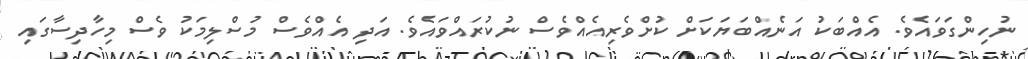
ނުހިންގަވައެވެ. އެއްބަކު އަނެއްބަޔަކަށް ކުށްވެރިއެއްވެސް ނުކުރައްވައެވެ. އަދި އެއްވެސް މުސްލިމަކު ވެސް މިހާދިސާގައި